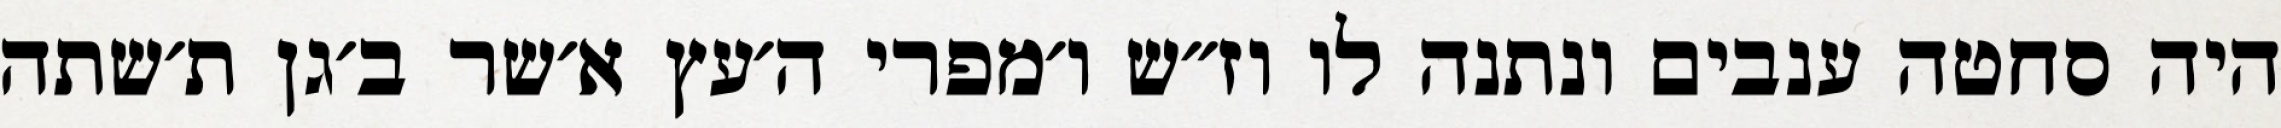
היה סחטה ענבים ונתנה לו וז״ש ו׳מפרי ה׳עץ א׳שר ב׳גן ת׳שתה